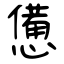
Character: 憊